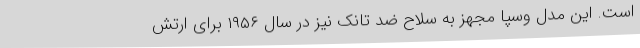
است. این مدل وسپا مجهز به سلاح ضد تانک نیز در سال ۱۹۵۶ برای ارتش